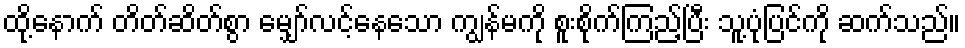
ထို့နောက် တိတ်ဆိတ်စွာ မျှော်လင့်နေသော ကျွန်မကို စူးစိုက်ကြည့်ပြီး သူ့ပုံပြင်ကို ဆက်သည်။